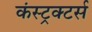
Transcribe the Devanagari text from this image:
कंस्ट्रक्टर्स